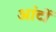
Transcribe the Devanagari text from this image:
आंटों